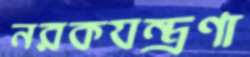
নরকযন্ত্রণা